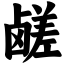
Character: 鹾